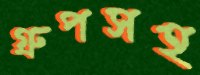
গ্রুপসহ